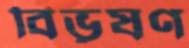
বিভূষণ